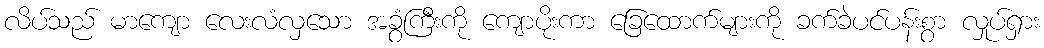
လိပ်သည် မာကျော လေးလံလှသော အခွံကြီးကို ကျောပိုးကာ ခြေထောက်များကို ခက်ခဲပင်ပန်းစွာ လှုပ်ရှား